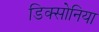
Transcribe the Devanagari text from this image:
डिक्सोनिया